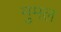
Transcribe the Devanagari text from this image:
मुमल